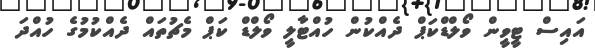
އައިސް ޓީވީން ވޯލްޑްކަޕް ދެއްކުން ހުއްޓާލީ ވޯލްޑް ކަޕް މެޗުތައް ދެއްކުމުގެ ހުއްދަ